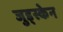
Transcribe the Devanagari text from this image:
जुड्स्केन